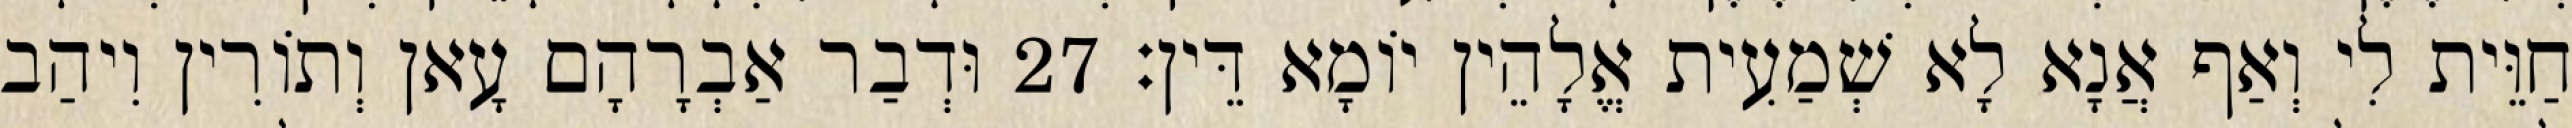
חַוֵּית לִי וְאַף אֲנָא לָא שְׁמַעִית אֱלָהֵין יוֹמָא דֵּין׃ 27 וּדְבַר אַבְרָהָם עָאן וְתוֹרִין וִיהַב